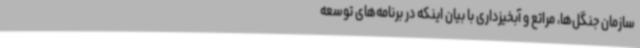
سازمان جنگل‌ها، مراتع و آبخیزداری با بیان اینکه در برنامه‌های توسعه